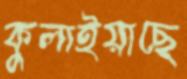
কুলাইয়াছে